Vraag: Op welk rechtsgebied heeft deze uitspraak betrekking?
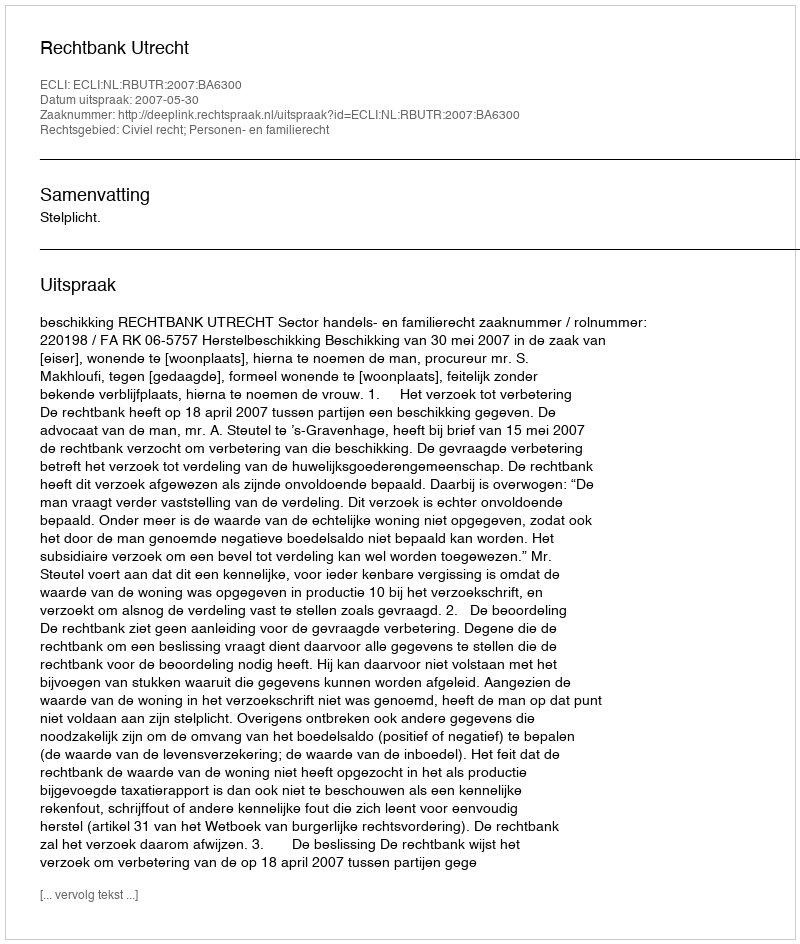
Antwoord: Civiel recht; Personen- en familierecht